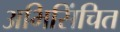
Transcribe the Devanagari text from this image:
अभिसिंचित